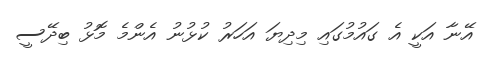
އޭނާ އަކީ އެ ގައުމުގައި މިދިޔަ އަހަރު ކުޅުނު އެންމެ މޮޅު ބިދޭސީ